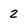
Character: 2